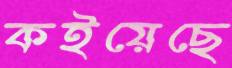
কইয়েছে